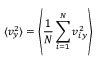
\langle v _ { y } ^ { 2 } \rangle = \left\langle \frac { 1 } { N } \sum _ { i = 1 } ^ { N } v _ { i y } ^ { 2 } \right\rangle